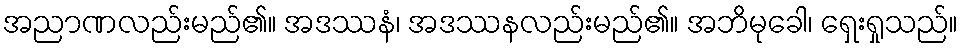
အညာဏလည်းမည်၏။ အဒဿနံ၊ အဒဿနလည်းမည်၏။ အဘိမုခေါ၊ ရှေးရှုသည်။